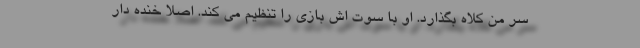
سر من کلاه بگذارد. او با سوت اش بازی را تنظیم می کند. اصلا خنده دار